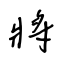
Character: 將